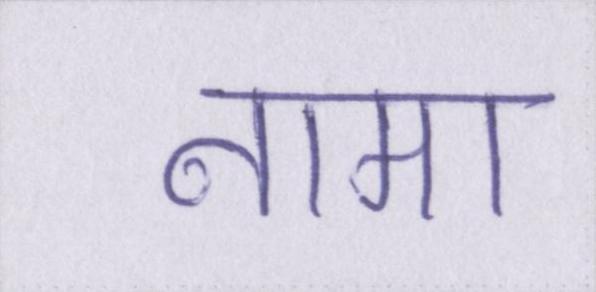
नामा